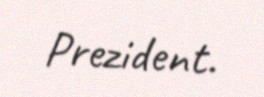
Prezident.